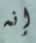
إنه